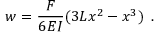
w = { \frac { F } { 6 E I } } ( 3 L x ^ { 2 } - x ^ { 3 } ) \, ~ .